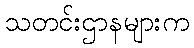
သတင်းဌာနများက